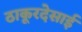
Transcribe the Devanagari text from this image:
ठाकूरदेसाई